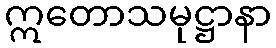
ဣတောသမုဋ္ဌာနာ